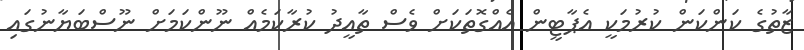
ޒާތުގެ ކަންކަން ކުރުމަކީ އެޕާޓީން އެއްގޮތަކަށް ވެސް ތާއީދު ކުރާކަމެއް ނޫންކަމަށް ނޫސްބަޔާނުގައި